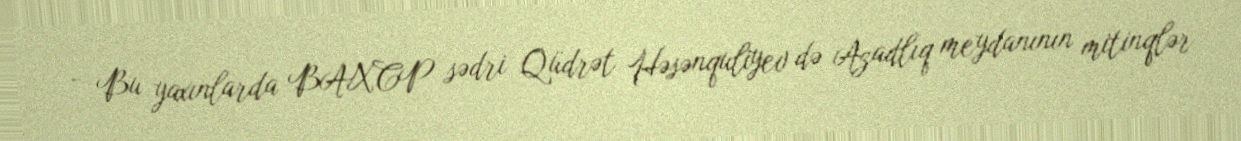
- Bu yaxınlarda BAXCP sədri Qüdrət Həsənquliyev də Azadlıq meydanının mitinqlər